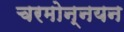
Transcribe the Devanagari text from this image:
चरमोन्नयन